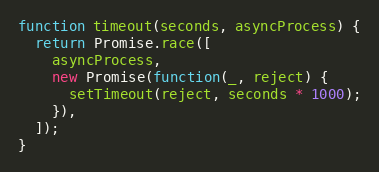
Language: JavaScript
function timeout(seconds, asyncProcess) {
  return Promise.race([
    asyncProcess,
    new Promise(function(_, reject) {
      setTimeout(reject, seconds * 1000);
    }),
  ]);
}